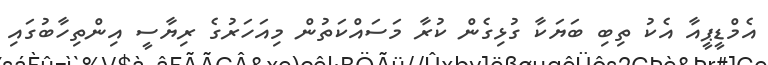
އެމްޑީޕީއާ އެކު ތިބި ބަޔަކާ ގުޅިގެން ކުރާ މަސައްކަތުން މިއަހަރުގެ ރިޔާސީ އިންތިހާބުގައި